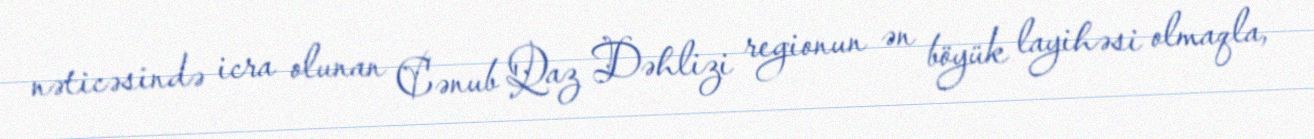
nəticəsində icra olunan Cənub Qaz Dəhlizi regionun ən böyük layihəsi olmaqla,